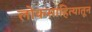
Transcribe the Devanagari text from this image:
लोकसाहित्यातून